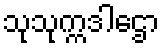
သုသုက္ကဒါဌော